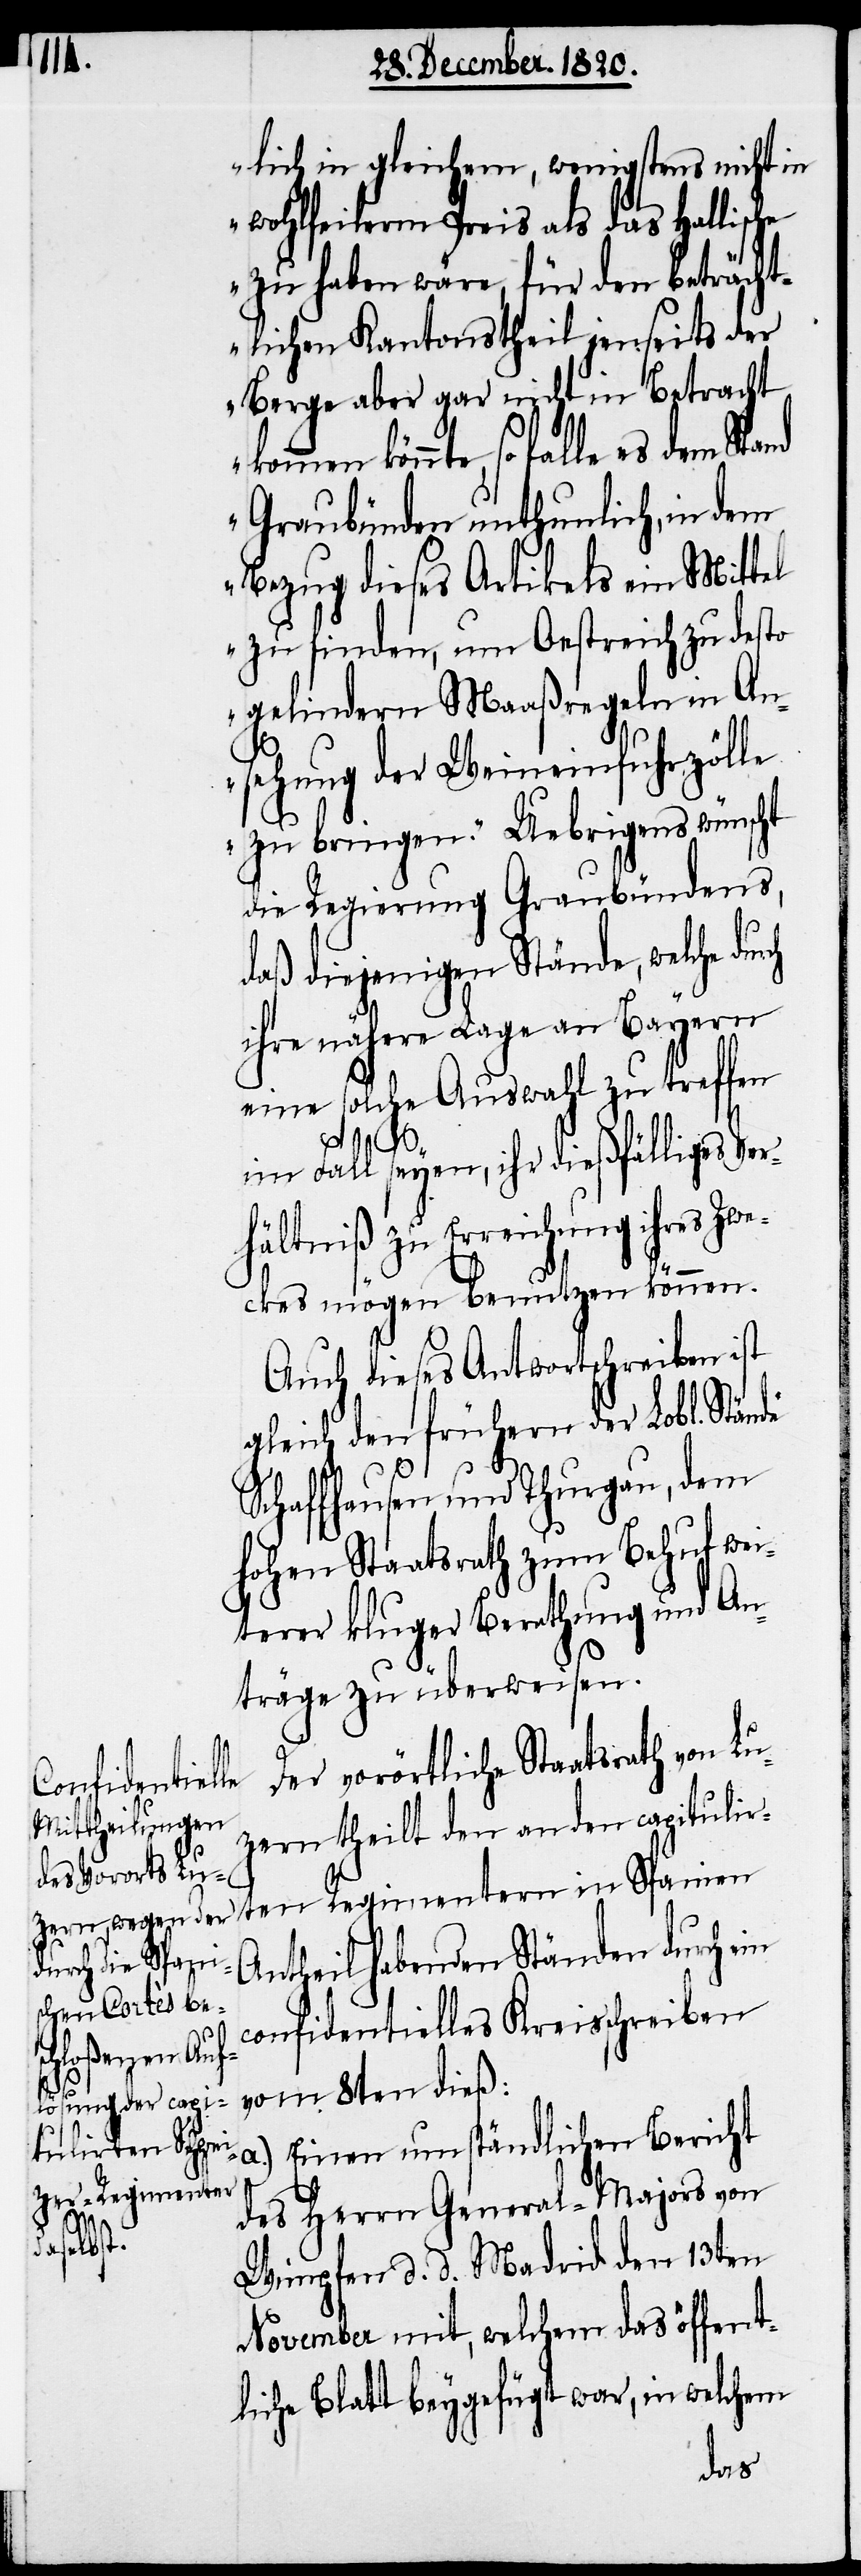
lich in gleichem, wenigstens nicht in
wohlfeilerm Preis als das Hallische
zu haben wäre, für den beträcht¬
lichen Kantonstheil jenseits der
Berge aber gar nicht in Betracht
könnte, so falle es dem Stand
Graubünden unthunlich, in dem
Bezug dieses Artikels ein Mittel
zu finden, um Oestreich zu desto
gelindern Maaßregeln in An¬
sehung der Weineinfuhrzölle
zu bringen.“ Uebrigens wünscht
die Regierung Graubündens,
daß diejenigen Stände, welche du¬
ihre nähere Lage an Bayern
eine solche Auswahl zu treffen
im Fall seyen, ihr dießfälliges Ver¬
hältniß zu Erreichung ihres Zwe¬
ckes mögen benutzen können.
Auch dieses Antwortschreiben ist
gleich den frühern der Lobl. Stände
Schaffhausen und Thurgau, dem
hohen Staatsrath zum Behuf wei¬
terer kluger Berathung und An¬
träge zu überweisen.
Der vorörtliche Staatsrath von Lu¬
zern theilt den an den capitulir¬
Antheil habenden Ständen durch ein
considentielles Kreisschreiben
rch
vom 8ten dieß:
a.) Einen umständlichen Bericht
ten Regimentern
des Herrn General-Majors von
Wimpfen d. d. Madrid den 13ten
November mit, welchem das öffent¬
liche Blatt beygefügt war, in welchem